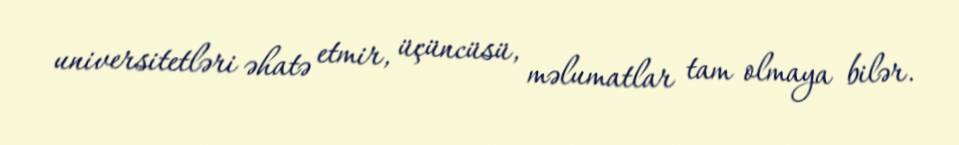
universitetləri əhatə etmir, üçüncüsü, məlumatlar tam olmaya bilər.